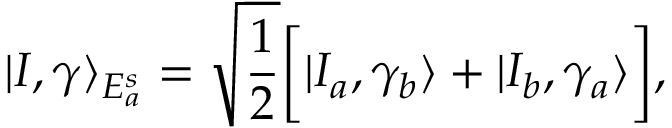
| I , \gamma \rangle _ { E _ { a } ^ { s } } = \sqrt { \frac { 1 } { 2 } } \bigg [ | I _ { a } , \gamma _ { b } \rangle + | I _ { b } , \gamma _ { a } \rangle \bigg ] ,